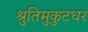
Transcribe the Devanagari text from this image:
श्रुतिमुकुटधर